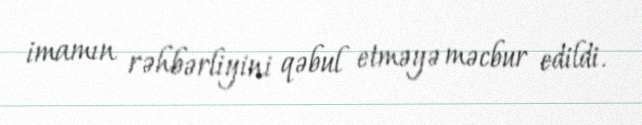
imamın rəhbərliyini qəbul etməyə məcbur edildi.